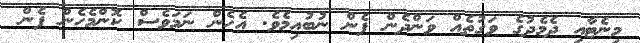
މިނެޓާއި ދެމެދުގެ ވަގުތެއް ވަންދެން ފެން ނުބުއިމެވެ. އެހެން ނަމަވެސް ކޮންމެހެން ފެން